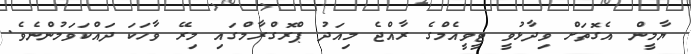
ޔާމީން އެގޮތަށް ވިދާޅުވީ ޓީވީއެމްގެ ރާއްޖެ މިއަދު ޕްރޮގްރާމްގައި މިރޭ ވާހަކަ ދައްކަވަމުންނެވެ.